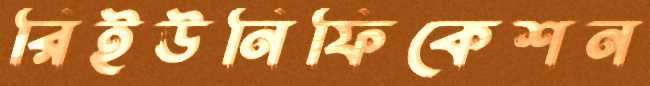
রিইউনিফিকেশন